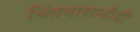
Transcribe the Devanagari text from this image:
चिंतनासाठीही